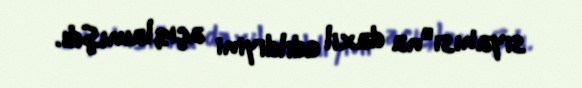
siyahısı”na daxil edildiyini açıqlamışdı.